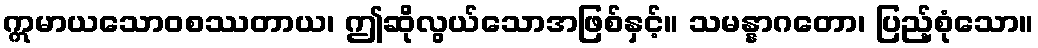
ဣမာယသောဝစဿတာယ၊ ဤဆိုလွယ်သောအဖြစ်နှင့်။ သမန္နာဂတော၊ ပြည့်စုံသော။